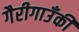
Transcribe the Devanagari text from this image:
गैरीगाउँकी